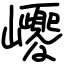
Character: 巎